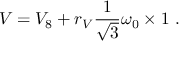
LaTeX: V = V _ { 8 } + r _ { V } \frac { 1 } { \sqrt { 3 } } \omega _ { 0 } \times 1 ~ .